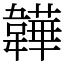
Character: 韡